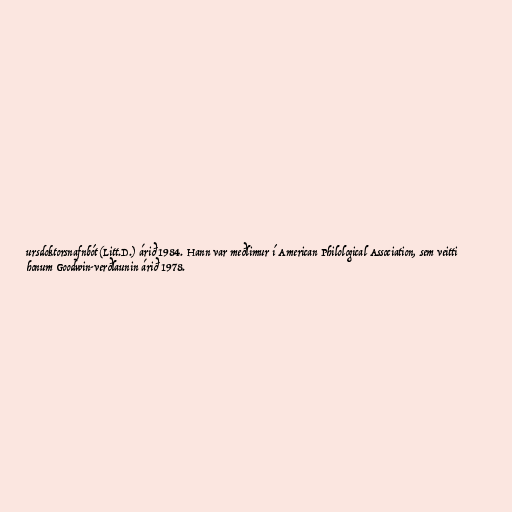
ursdoktorsnafnbót (Litt.D.) árið 1984. Hann var meðlimur í American Philological Association, sem veitti
honum Goodwin-verðlaunin árið 1978.